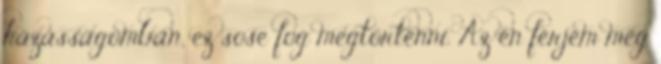
házasságomban, ez sose fog megtörténni. Az én férjem még